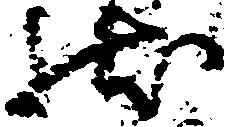
状